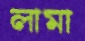
লামা